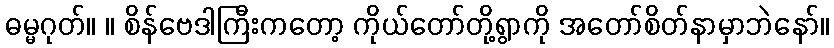
ဓမ္မဂုတ်။ ။ စိန်ဗေဒါကြီးကတော့ ကိုယ်တော်တို့ရွာကို အတော်စိတ်နာမှာဘဲနော်။